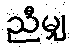
ညီမျှ